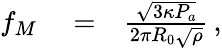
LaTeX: \begin{array}{rlr}{f_{M}}&{{}=}&{\frac{\sqrt{3\kappa P_{a}}}{2\pi R_{0}\sqrt{\rho}}\, ,}\end{array}